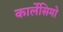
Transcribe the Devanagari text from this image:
कार्लेसिमो